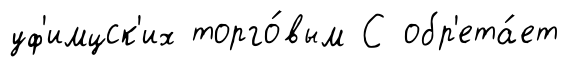
уф'имцск'их торго́вым С обр'ета́ет